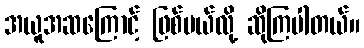
အယူအဆကြောင့် ဖြစ်မယ်လို့ ဆိုကြပါတယ်။